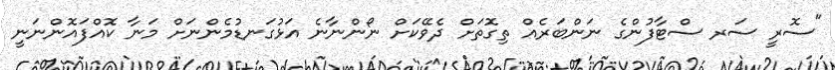
"ސޮރީ ސަރ ސްޓާފުންގެ ނަންބަރެއް ތިގޮތަށް ދެވޭކަށް ނޯންނާނެ އަޅުގަނޑުމެންނަށް މަނާ ކޮއްފައޮންނަނީ